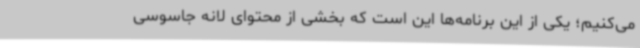
می‌کنیم؛ یکی از این برنامه‌ها این است که بخشی از محتوای لانه جاسوسی